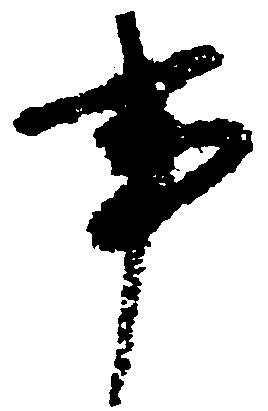
事